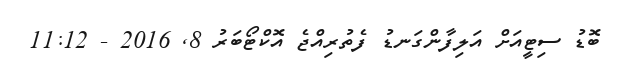
ބޮޑު ސިޓީއަށް އަލިފާންގަނޑު ފެތުރިއްޖެ އޮކްޓޯބަރު 8